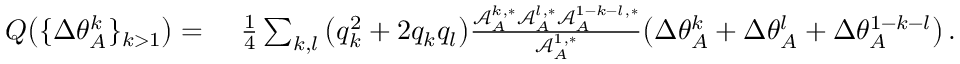
\begin{array} { r l } { Q \big ( \{ \Delta \theta _ { A } ^ { k } \} _ { k > 1 } \big ) = } & { ~ \frac { 1 } { 4 } \sum _ { k , l } \big ( q _ { k } ^ { 2 } + 2 q _ { k } q _ { l } \big ) \frac { \mathcal { A } _ { A } ^ { k , * } \mathcal { A } _ { A } ^ { l , * } \mathcal { A } _ { A } ^ { 1 - k - l , * } } { \mathcal { A } _ { A } ^ { 1 , * } } \big ( \Delta \theta _ { A } ^ { k } + \Delta \theta _ { A } ^ { l } + \Delta \theta _ { A } ^ { 1 - k - l } \big ) \, . } \end{array}